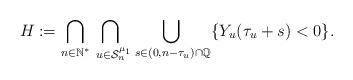
LaTeX: \begin{align*}H:=\underset{n\in \mathbb{N}^*}{\bigcap}\underset{\; \; u\in \mathcal{S}^{\mu_1}_n}{\bigcap} \underset{\; s \in (0,n-\tau_u)\cap \mathbb{Q} }{\bigcup} \lbrace Y_u(\tau_u+s)<0\rbrace.\end{align*}